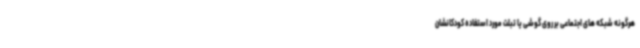
هرگونه شبکه های اجتماعی بر روی گوشی یا تبلت مورد استفاده کودکانشان